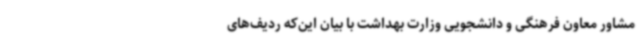
مشاور معاون فرهنگی و دانشجویی وزارت بهداشت با بیان این‌که ردیف‌های